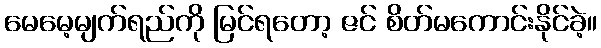
မေမေ့မျက်ရည်ကို မြင်ရတော့ ဇင် စိတ်မကောင်းနိုင်ခဲ့။